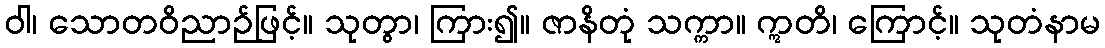
ဝါ၊ သောတဝိညာဉ်ဖြင့်။ သုတွာ၊ ကြား၍။ ဇာနိတုံ သက္ကာ။ ဣတိ၊ ကြောင့်။ သုတံနာမ